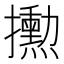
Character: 𪮼